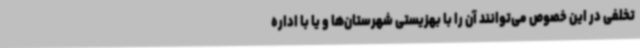
تخلفی در این خصوص می‌توانند آن را با بهزیستی شهرستان‌ها و یا با اداره